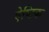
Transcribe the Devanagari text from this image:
ऐष्टिक